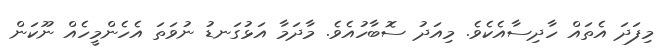
މިފަދަ އެތައް ހާދިސާއެކެވެ. މިއަދު ސޮބާހުއެވެ. މާދަމާ އަޅުގަނޑު ނުވަތަ އެހެންމީހެއް ނޫކަން